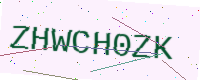
Text: ZHWCH0ZK